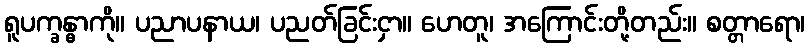
ရူပက္ခန္ဓာကို။ ပညာပနာယ၊ ပညတ်ခြင်းငှာ။ ဟေတူ၊ အကြောင်းတို့တည်း။ စတ္တာရော၊